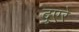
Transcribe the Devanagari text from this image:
दुएरे